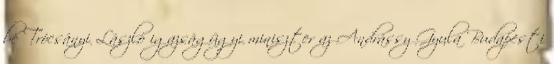
be Trócsányi László igazságügyi miniszter az Andrássy Gyula Budapesti